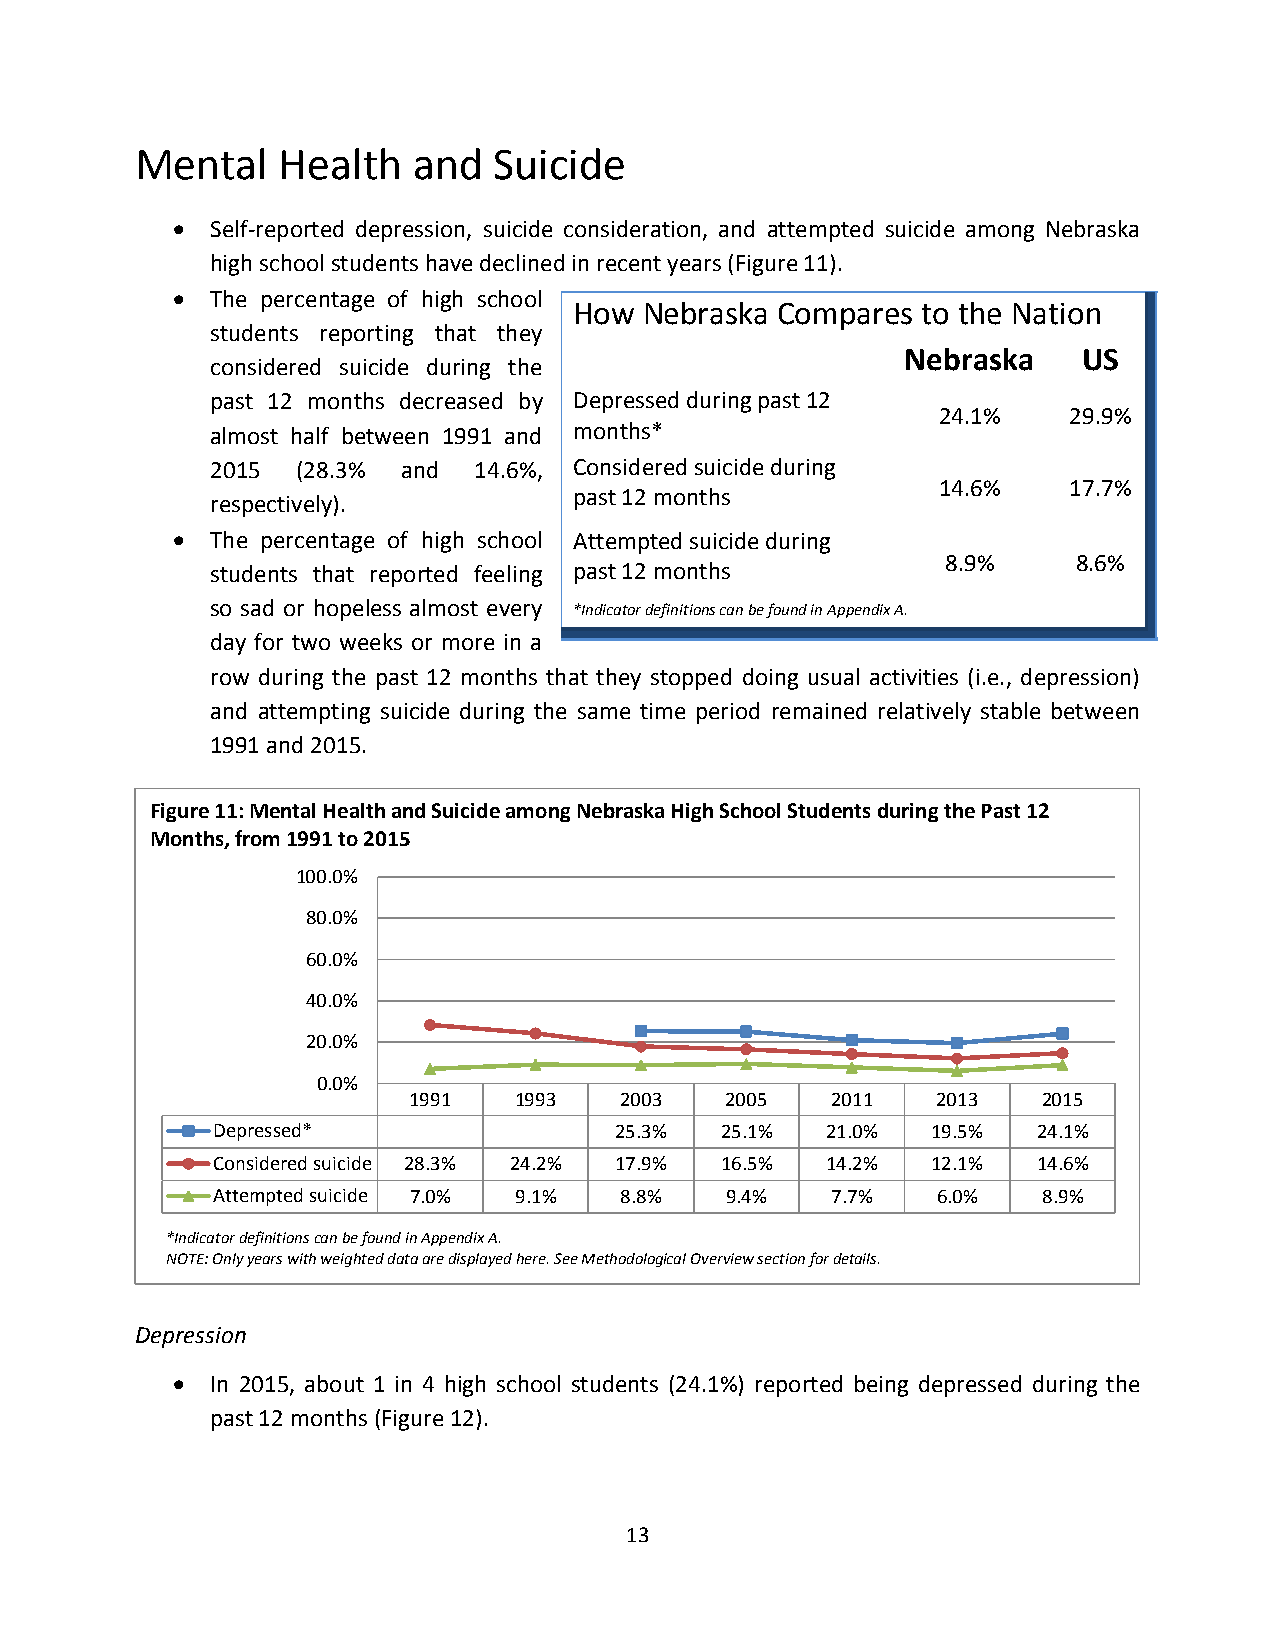
Mental   Health   and   Suicide
   Self-reported depression, suicide consideration, and attempted suicide among Nebraska
 high school students have declined in recent years (Figure 11).
   The percentage of high school
 How  Nebraska Compares to the Nation
 students reporting that they
 Nebraska    US
 considered suicide during the
 past 12 months decreased by Depressed during past 12
 24.1%    29.9%
 almost half between 1991 and months*
 2015  (28.3% and 14.6%, Considered suicide during
 14.6%    17.7%
 past 12 months
 respectively).
   The percentage of high school Attempted suicide during
 8.9%    8.6%
 students that reported feeling past 12 months
 so sad or hopeless almost every *Indicator definitions can be found in Appendix A.
 day for two weeks or more in a
 row during the past 12 months that they stopped doing usual activities (i.e., depression)
 and attempting suicide during the same time period remained relatively stable between
 1991 and 2015.
 Figure 11: Mental Health and Suicide among Nebraska High School Students during the Past 12
 Months, from 1991 to 2015
 100.0%
 80.0%
 60.0%
 40.0%
 20.0%
 0.0%
 1991   1993   2003   2005   2011   2013   2015
 Depressed*                 25.3%  25.1%  21.0%  19.5%  24.1%
 Considered suicide 28.3% 24.2% 17.9% 16.5% 14.2% 12.1% 14.6%
 Attempted suicide 7.0% 9.1% 8.8%  9.4%   7.7%   6.0%   8.9%
 *Indicator definitions can be found in Appendix A.
 NOTE: Only years with weighted data are displayed here. See Methodological Overview section for details.
 Depression
   In 2015, about 1 in 4 high school students (24.1%) reported being depressed during the
 past 12 months (Figure 12).
 13